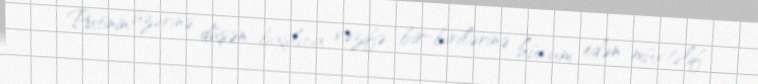
Putinin üzərinə düşən başlıca vəzifə bir-birilərinə hücum edən müxtəlif